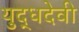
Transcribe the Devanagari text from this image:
युद्धदेवी